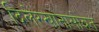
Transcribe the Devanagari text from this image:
दिलेरखानासोबत